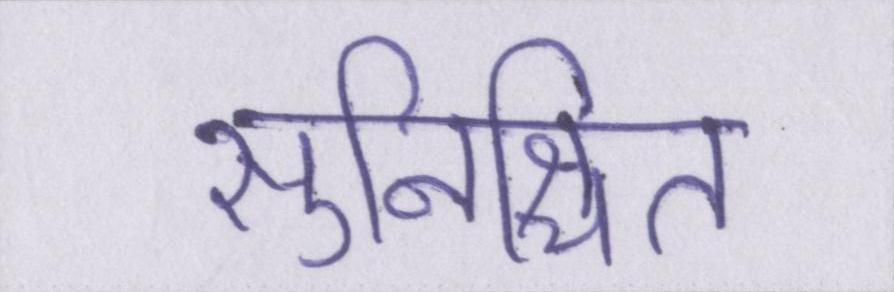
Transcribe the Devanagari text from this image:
सुनिश्चित